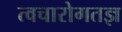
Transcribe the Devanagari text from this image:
त्वचारोगतज्ञ